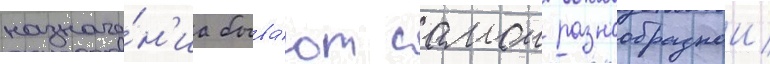
назначе́н'иа быва́ют самои разнообразнои